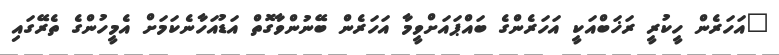
"އަހަރެން ހީކުރީ ރަޚަބްއަކީ އަހަރެންގެ ބައްޕައަށްވީމާ އަހަރެން ބޭނުންވާގޮތް އަޑުއަހާނެކަމަށް އެމީހުންގެ ތެރޭގައި